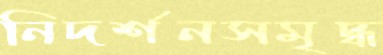
নিদর্শনসমৃদ্ধ